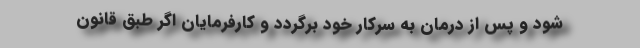
شود و پس از درمان به سرکار خود برگردد و کارفرمایان اگر طبق قانون